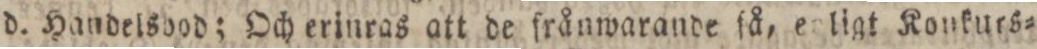
d. Handelsdbod; Och erinras att de frånwarande ſå, enligt Konkurs=